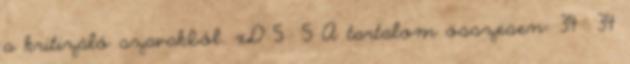
a kritizáló szavakból. xD 5 5 A tartalom összesen: 34 34